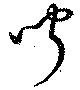
聞